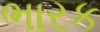
ભારક